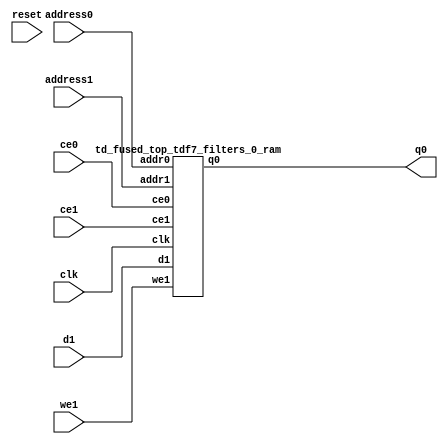
`define EXPONENT 5
`define MANTISSA 10
`define ACTUAL_MANTISSA 11
`define EXPONENT_LSB 10
`define EXPONENT_MSB 14
`define MANTISSA_LSB 0
`define MANTISSA_MSB 9
`define MANTISSA_MUL_SPLIT_LSB 3
`define MANTISSA_MUL_SPLIT_MSB 9
`define SIGN 1
`define SIGN_LOC 15
`define DWIDTH (`SIGN+`EXPONENT+`MANTISSA)
`define IEEE_COMPLIANCE 1

module td_fused_top_tdf7_filters_0(
    reset,
    clk,
    address0,
    ce0,
    q0,
    address1,
    ce1,
    we1,
    d1);

parameter DataWidth = 32'd64;
parameter AddressRange = 32'd4608;
parameter AddressWidth = 32'd13;
input reset;
input clk;
input[AddressWidth - 1:0] address0;
input ce0;
output[DataWidth - 1:0] q0;
input[AddressWidth - 1:0] address1;
input ce1;
input we1;
input[DataWidth - 1:0] d1;



td_fused_top_tdf7_filters_0_ram td_fused_top_tdf7_filters_0_ram_U(
    .clk( clk ),
    .addr0( address0 ),
    .ce0( ce0 ),
    .q0( q0 ),
    .addr1( address1 ),
    .ce1( ce1 ),
    .we1( we1 ),
    .d1( d1 )
);

endmodule
module td_fused_top_tdf7_filters_0_ram (addr0, ce0, q0, addr1, ce1, d1, we1,  clk);

parameter DWIDTH = 64;
parameter AWIDTH = 13;
parameter MEM_SIZE = 4608;

input[AWIDTH-1:0] addr0;
input ce0;
output reg[DWIDTH-1:0] q0;
input[AWIDTH-1:0] addr1;
input ce1;
input[DWIDTH-1:0] d1;
input we1;
input clk;

 reg [DWIDTH-1:0] ram[MEM_SIZE-1:0];




always @(posedge clk)  
begin 
    if (ce0) begin
        q0 <= ram[addr0];
    end
end


always @(posedge clk)  
begin 
    if (ce1) begin
        if (we1) 
            ram[addr1] <= d1; 
    end
end


endmodule